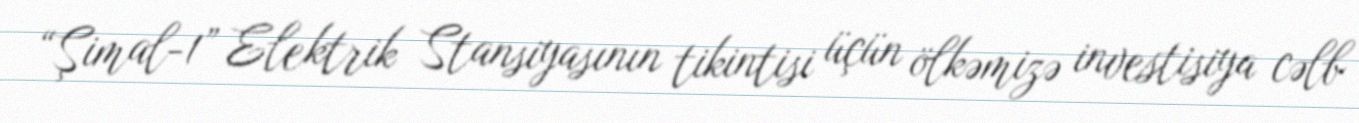
“Şimal-1” Elektrik Stansiyasının tikintisi üçün ölkəmizə investisiya cəlb